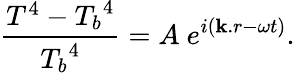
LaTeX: {\frac{T^{4}-{T_{b}}^{4}}{{T_{b}}^{4}}}=A~e^{i({\mathbf k.r}-\omega t)}.